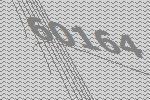
60164